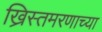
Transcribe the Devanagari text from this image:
ख्रिस्तमरणाच्या